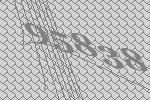
95838